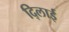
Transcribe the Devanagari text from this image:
दि्लाई